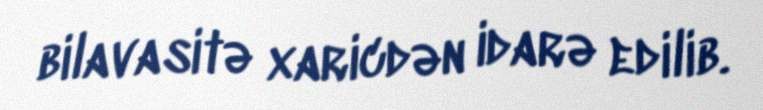
bilavasitə xaricdən idarə edilib.